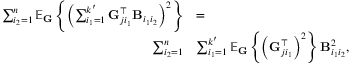
\begin{array} { r l } { \sum _ { i _ { 2 } = 1 } ^ { n } \mathbb { E } _ { \mathbf { G } } \left\{ \left( \sum _ { i _ { 1 } = 1 } ^ { k ^ { \prime } } \mathbf { G } _ { j i _ { 1 } } ^ { \top } \mathbf { B } _ { i _ { 1 } i _ { 2 } } \right) ^ { 2 } \right\} } & { = } \\ { \sum _ { i _ { 2 } = 1 } ^ { n } } & { \sum _ { i _ { 1 } = 1 } ^ { k ^ { \prime } } \mathbb { E } _ { \mathbf { G } } \left\{ \left( \mathbf { G } _ { j i _ { 1 } } ^ { \top } \right) ^ { 2 } \right\} \mathbf { B } _ { i _ { 1 } i _ { 2 } } ^ { 2 } , } \end{array}